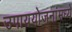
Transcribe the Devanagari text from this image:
उपाययोजनांमध्ये